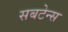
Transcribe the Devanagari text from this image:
सबटेन्स